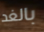
بالغد